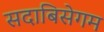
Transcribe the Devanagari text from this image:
सदाबिसेगम